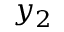
y _ { 2 }